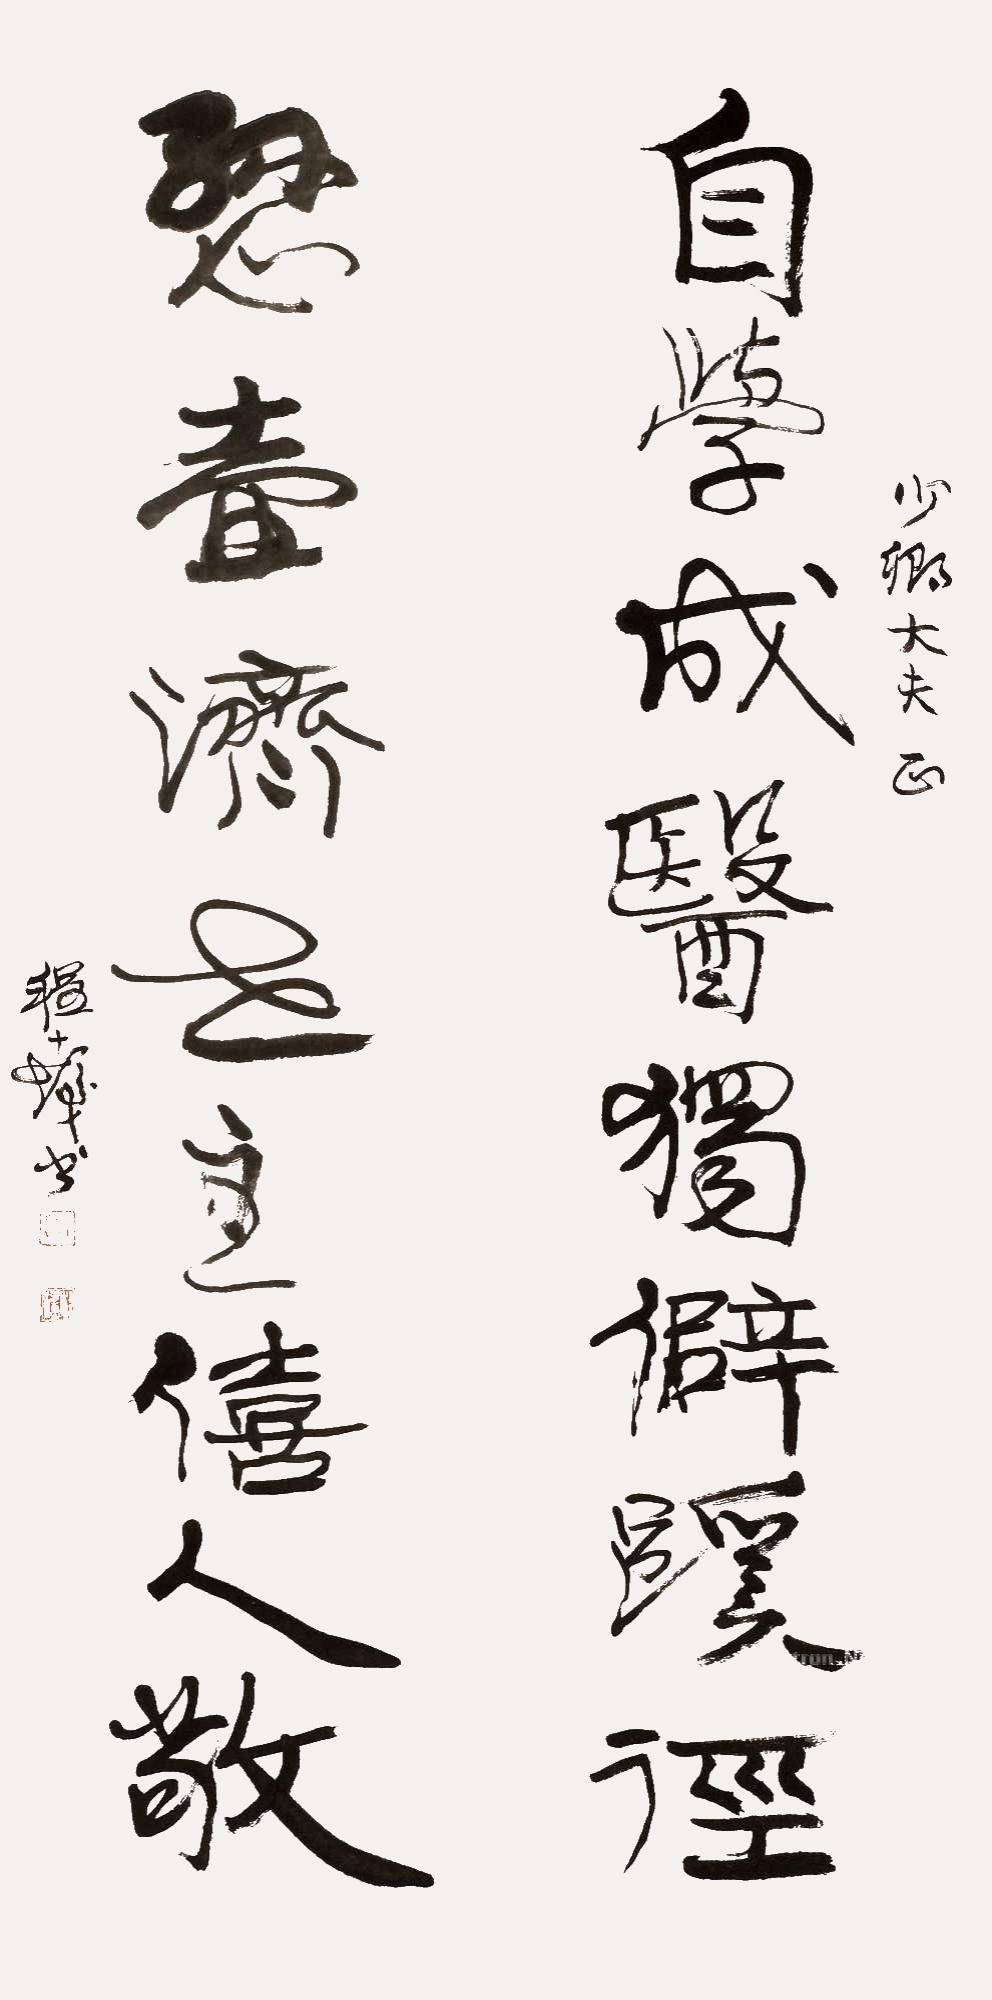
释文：自学成医独辟蹊径，悬壶济世主喜人敬。少卿大夫正，程十发书。